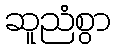
ဆူညံစွာ